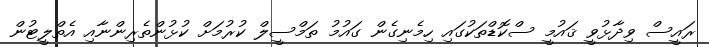
ރައީސް ވިދާޅުވީ ޤައުމީ ސްކޮޑްތަކުގައި ހިމެނިގެން ގައުމު ތަމްސީލް ކުރުމަށް ކުޅުންތެރިންނާއި އެތްލީޓުން